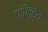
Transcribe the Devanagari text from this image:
फाँन्‍ट्‌स